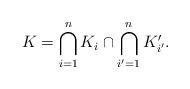
LaTeX: \begin{align*} K = \bigcap_{i = 1}^n K_i \cap \bigcap_{i' = 1}^n K'_{i'}. \end{align*}